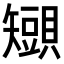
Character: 𧸒